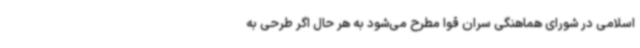
اسلامی در شورای هماهنگی سران قوا مطرح می‌شود به هر حال اگر طرحی به